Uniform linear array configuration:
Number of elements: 32
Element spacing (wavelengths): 0.75
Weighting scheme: cosine
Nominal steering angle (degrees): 30
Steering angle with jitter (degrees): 31.663
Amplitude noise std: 0.05
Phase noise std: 0.05

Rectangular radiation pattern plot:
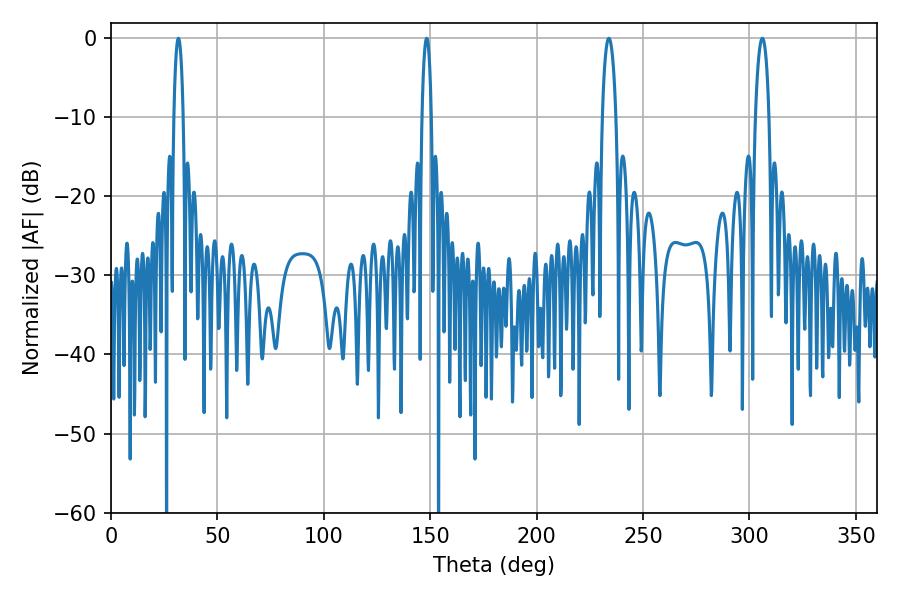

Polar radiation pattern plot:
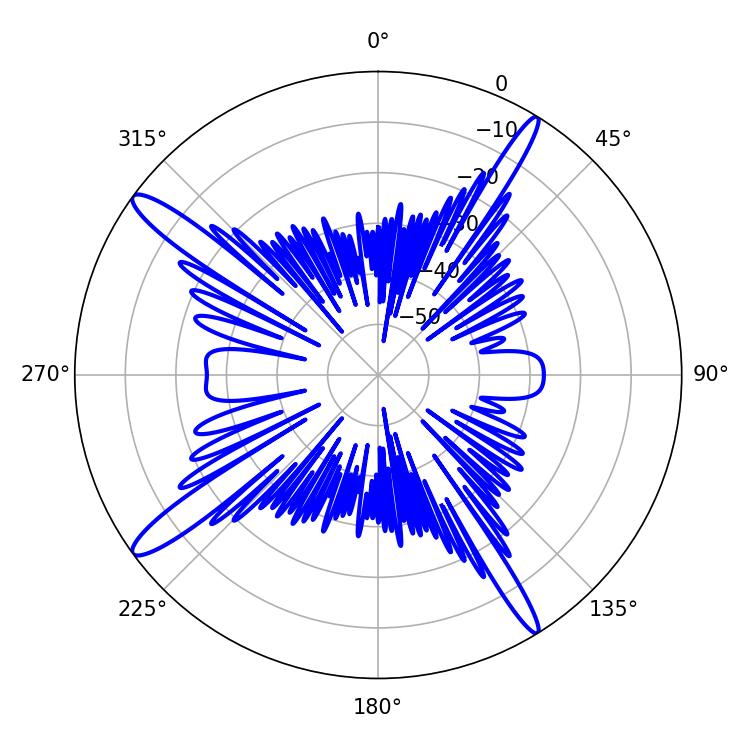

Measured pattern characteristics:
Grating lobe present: TRUE
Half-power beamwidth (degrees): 2.52
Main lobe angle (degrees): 148.32